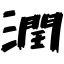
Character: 潤